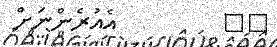
٥٥         އެއުރެންނަށް